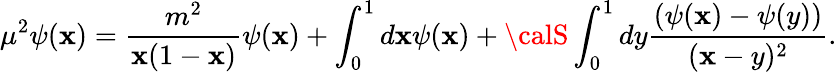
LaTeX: \mu^{2}\psi(\mathbf{x})=\frac{{m^{2}}}{{\mathbf{x}(1-\mathbf{x})}}\psi(\mathbf{x})+\int_{0}^{1}d\mathbf{x}\psi(\mathbf{x})+{\calS}\int_{0}^{1}dy\frac{{(\psi(\mathbf{x})-\psi(y))}}{{(\mathbf{x}-y)^{2}}}.